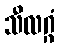
သီလဂ္ဂံ